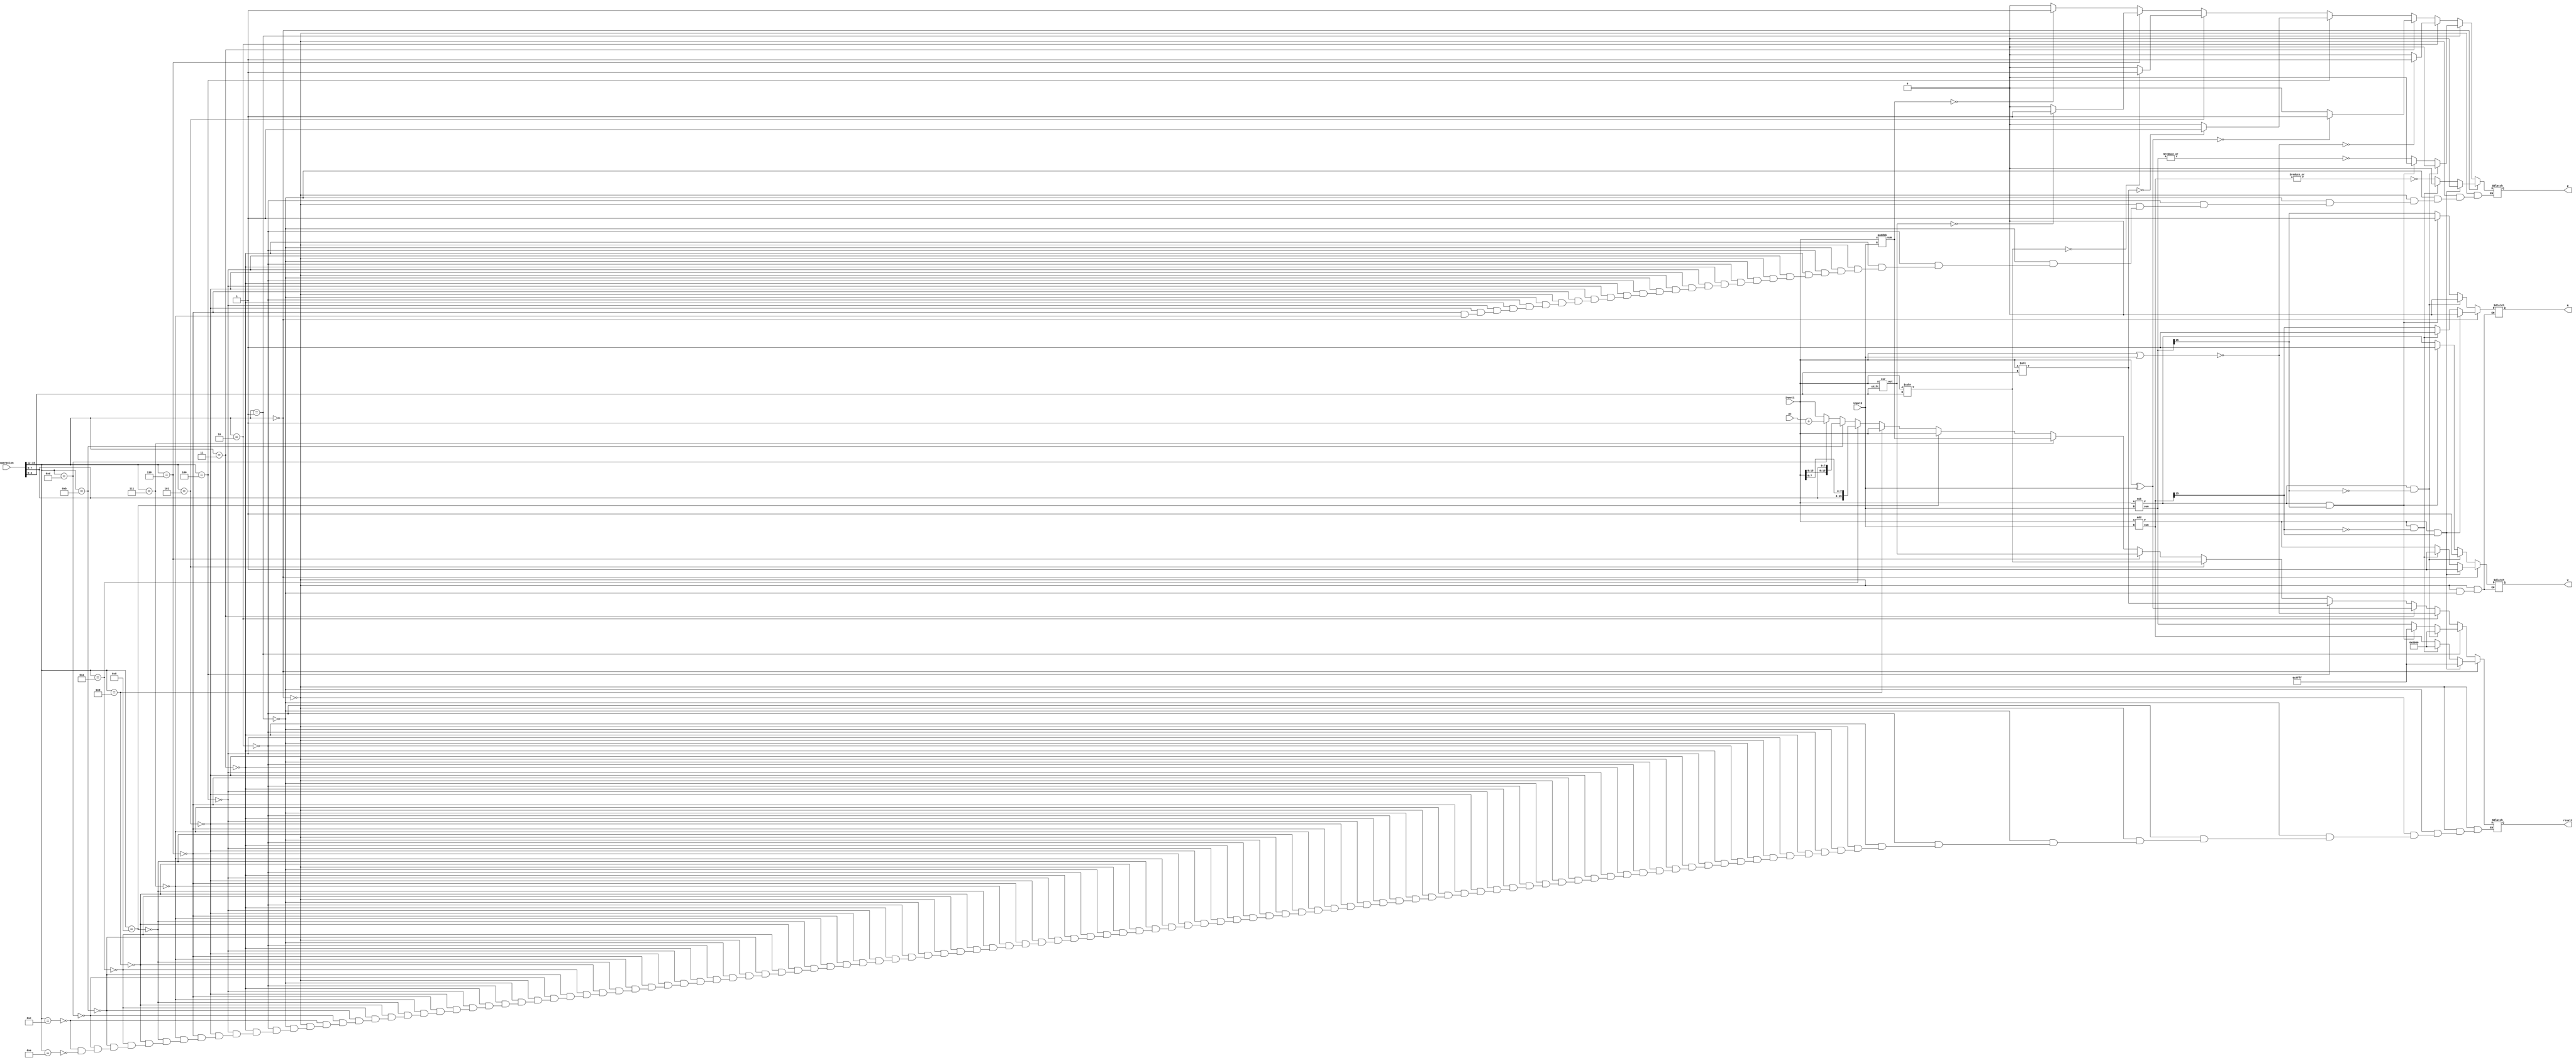
module ALU(operation, input1, input2, result, Z, N, V, pc);
input [15:0] operation, pc; 
input [15:0] input1;
input [15:0] input2;
output reg [15:0] result;
output reg Z;
output reg N;
output reg V;

wire [15:0] add_out, sub_out, padd_out,ror_out;
wire addZ, addN, addV,
     subZ, subN, subV;
/*
always@(operation,result)
begin
$display("input2= %b input1 = %b. result = %b operation = %b" , input2 , input1 , result, operation);
end*/

add ADD(
.A(input1), 
.B(input2),
.V(addV),
.sum(add_out)
);
  

sub SUB(
.A(input1), 
.B(input2),
.V(subV),
.sum(sub_out)
);

paddsb PADDSB(
.A(input1), 
.B(input2),
.sum(padd_out)
);

ror ROR(
.A(input1), 
.shift(operation[3:0]),
.out(ror_out)
);


always@(*) begin
   
   //ADD OP
    if(operation[15:12] == 4'b0000)
      begin
      if (addV && add_out[15]) begin
           result = 16'h7FFF;
           V  = 1'b1;
           N  = 1'b0;
           Z  = 1'b0;
  end else if (addV && ~add_out[15]) begin
           result = 16'h8000;
           V  = 1'b1;
           N = 1'b1;
           Z  = 1'b0; 
  end else begin
           result = add_out;
           V= addV;
           N = result[15];
           Z = ~|add_out;
          end
      end

    //SUB OP
 else if(operation[15:12] == 4'b0001)
      begin
      if (subV && ~sub_out[15]) begin
           result = -(1<<15);
           V  = 1'b1;
           N  = 1'b0;
           Z  = 1'b0;
  end else if (subV && sub_out[15]) begin
           result =  (1<<15)-1;
           V  = 1'b1;
           N = 1'b1;
           Z  = 1'b0; 
  end else begin
           result = sub_out;
           V= subV;
           N = result[15];
           Z = ~|sub_out;
          end
      end

      //NOR OP
 else if(operation[15:12] == 4'b0010)
      begin
        result = ~(input1 | input2);
        if(result == 0)
           Z=1;
         else
           Z=0;
      end

      //XOR OP
 else if(operation[15:12] == 4'b0011)
      begin
       result = input1 ^ input2;
        if(result == 0)
          Z=1;
        else
          Z=0;
      end


     //SLL OP
 else if(operation[15:12] == 4'b0100)
      begin
       result = input1 << operation[3:0];
        if(result == 0)
          Z=1;
        else
          Z=0;
      end


     //SRA OP
 else if(operation[15:12] == 4'b0101)
    begin 
      result = $signed(input1) >>> operation[3:0];
        if(result == 0)
          Z=1;
       else
          Z=0;
     end

     //ROR OP
 else if(operation[15:12] == 4'b0110)
    begin 
      result = ror_out;
        if(result == 0)
          Z=1;
       else
          Z=0;
     end

     //PADDSB OP
 else if(operation[15:12] == 4'b0111)
    begin 
      result = padd_out;
        if(result == 0)
          Z=1;
       else
          Z=0;
     end

    //LW OP
 else if(operation[15:12] == 4'b1000)
    begin 
      result = input1;
     end


        //SW OP
 else if(operation[15:12] == 4'b1001)
    begin 
     result = input1;
     end


         //LHB OP
 else if(operation[15:12] == 4'b1010)
    begin 
      result = {operation[7:0], input1[7:0]};
     end

        //LLB OP
 else if(operation[15:12] == 4'b1011)
    begin 
      result = {input1[15:8],operation[7:0]};
     end


  //CALL OP
 else if(operation[15:12] == 4'b1101)
    begin 
      result = pc+1;
     end

//BRANCH OP
 else if(operation[15:12] == 4'b1100)
    begin 
      result = input1;
     end

 //RET OP
 else if(operation[15:12] == 4'b1110)
    begin 
      result = input1;
     end



end //if statements




endmodule


//ADD OP 
module add(A, B, V,sum);
input [15:0] A;
input [15:0] B;
output [15:0] sum;
output V;
assign Op = 1'b0;
wire [15:0] Rs;
wire [15:0] Rt;
assign Rs = A;
assign Rt = B;
ripple_carry_adder_subtractor ra(sum, Rs, Rt, V, Op);
endmodule




//SUB OP 
module sub(A, B,V, sum);
input [15:0] A;
input [15:0] B;
output [15:0] sum;
output V;
assign Op = 1'b1;
wire [15:0] Rs;
wire [15:0] Rt;
assign Rs = A;
assign Rt = B;
ripple_carry_adder_subtractor ra(sum, Rs, Rt,V, Op);
endmodule


//PADDSB OP
module paddsb(A,B,sum);
input [15:0] A,B;
output reg [15:0] sum;
reg [3:0] sum1,sum2,sum3,sum4;

always@*
begin

sum1 = A[3:0]+B[3:0]; //lsb
sum2 = A[7:4]+B[7:4];
sum3 = A[11:8]+B[11:8];
sum4 = A[15:12]+B[15:12];

 //CHECK FOR MOST POSITIVE OR NEGATIVE ALLOWABE 

begin
if (~A[15] && ~B[15] && sum4[3]) 
    sum4 = 4'b0111;
  else if (A[15] && B[15] && ~sum4[3]) 
          sum4 = 4'b1000;
        
end

begin
  if (~A[11] && ~B[11] && sum3[3]) 
          sum3 = 4'b0111;
   else if (A[11] && B[11] && ~sum3[3]) 
          sum3 = 4'b1000;
           
end
  
begin
 if (~A[7] && ~B[7] && sum2[3]) 
          sum2 = 4'b0111;
   else if (A[7] && B[7] && ~sum2[3]) 
        sum2 = 4'b1000;
       
end
   
begin
     if (~A[3] && ~B[3] && sum1[3]) 
          sum1 = 4'b0111;
         else if (A[3] && B[3] && ~sum1[3]) 
                  sum1 = 4'b1000;
                   
end
sum = {sum4,sum3,sum2,sum1};
  end
endmodule






//ROR OP
module ror(A, shift, out);
input [15:0] A;
input [3:0] shift;
output [15:0] out;

wire [15:0] upper, lower;
wire [5:0] b = 5'b10000;
wire [3:0] sL;
assign sL = b - shift;
assign upper = A << sL;
assign lower = A >> shift;
assign out = upper +lower;


endmodule









//ADDER SUBTRACTOR

module ripple_carry_adder_subtractor(S,  A, B, V, AddSub);
   output [15:0] S;   // The 16-bit sum/difference.
   output V;
   input [15:0]  A;   // The 16-bit augend/minuend.
   input [15:0]  B;   // The 16-bit addend/subtrahend.
   input  AddSub;  // The operation: 0 => Add, 1=>Subtract.
   
   wire   C0; // The carry out bit of fa0, the carry in bit of fa1.
   wire   C1; 
   wire   C2; 
   wire   C3; // The carry out bit of fa2, used to generate final carry/borrrow.
   wire   C4;
   wire   C5;
   wire   C6;
   wire   C7;
   wire   C8;
   wire   C9;
   wire   C10;
   wire   C11;
   wire   C12;
   wire   C13;
   wire   C14;
   wire   C15;
   wire   Cout;
   wire   B0; // will be the xor'd result of B[0] and AddSub
   wire   B1;
   wire   B2;
   wire   B3;
   wire   B4;
   wire   B5;
   wire   B6;
   wire   B7;
   wire   B8;
   wire   B9;
   wire   B10;
   wire   B11;
   wire   B12;
   wire   B13;
   wire   B14;
   wire   B15;


  

  assign B0 = B[0] ^ AddSub;     
  assign B1 = B[1] ^ AddSub;     
  assign B2 = B[2] ^ AddSub;     
  assign B3 = B[3] ^ AddSub;
  assign B4 = B[4] ^ AddSub;
  assign B5 = B[5] ^ AddSub;
  assign B6 = B[6] ^ AddSub;
  assign B7 = B[7] ^ AddSub;     
  assign B8 = B[8] ^ AddSub;
  assign B9 = B[9] ^ AddSub;
  assign B10 = B[10] ^ AddSub;
  assign B11 = B[11] ^ AddSub;
  assign B12 = B[12] ^ AddSub;
  assign B13 = B[13] ^ AddSub;
  assign B14 = B[14] ^ AddSub;
  assign B15 = B[15] ^ AddSub;
  
   
   
   full_adder fa0(S[0], C0, A[0], B0, AddSub);    // Least significant bit.
   full_adder fa1(S[1], C1, A[1], B1, C0);
   full_adder fa2(S[2], C2, A[2], B2, C1);
   full_adder fa3(S[3], C3, A[3], B3, C2);
   full_adder fa4(S[4], C4, A[4], B4, C3); 
   full_adder fa5(S[5], C5, A[5], B5, C4); 
   full_adder fa6(S[6], C6, A[6], B6, C5); 
   full_adder fa7(S[7], C7, A[7], B7, C6); 
   full_adder fa8(S[8], C8, A[8], B8, C7); 
   full_adder fa9(S[9], C9, A[9], B9, C8); 
   full_adder fa10(S[10], C10, A[10], B10, C9); 
   full_adder fa11(S[11], C11, A[11], B11, C10); 
   full_adder fa12(S[12], C12, A[12], B12, C11);    
   full_adder fa13(S[13], C13, A[13], B13, C12); 
   full_adder fa14(S[14], C14, A[14], B14, C13); 
   full_adder fa15(S[15], C15, A[15], B15, C14);// Most significant bit.


 assign  Cout = C15 ^ AddSub; // Carry = C15 for addition, Carry = not(C) for subtraction.
 assign  V = C15^C14; // If the two most significant carry output bits differ, then we have an overflow.


endmodule // ripple_carry_adder_subtractor


module full_adder(S, Cout, A, B, Cin);
   output S;
   output Cout;
   input  A;
   input  B;
   input  Cin;

  wire   WIRE_1;
  wire   WIRE_2;
  wire   WIRE_3;
       
  assign WIRE_1 = B ^ A;
  assign WIRE_2 = WIRE_1 & Cin;
  assign WIRE_3 = B & A;
 
  assign S   = WIRE_1 ^ Cin;
  assign Cout = WIRE_2 | WIRE_3;
  

endmodule // full_adder